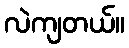
လဲကျတယ်။